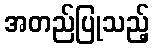
အတည်ပြုသည့်